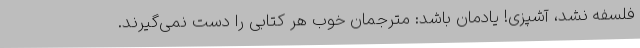
فلسفه نشد، آشپزی! یادمان باشد: مترجمان خوب هر کتابی را دست نمی‌گیرند.